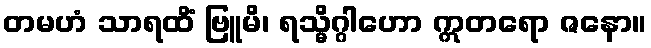
တမဟံ သာရထိံ ဗြူမိ၊ ရသ္မိဂ္ဂါဟော ဣတရော ဇနော။